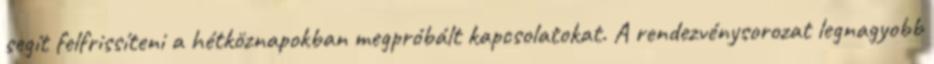
segít felfrissíteni a hétköznapokban megpróbált kapcsolatokat. A rendezvénysorozat legnagyobb